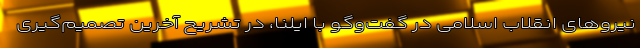
نیروهای انقلاب اسلامی در گفت‌وگو با ایلنا، در تشریح آخرین تصمیم‌گیری